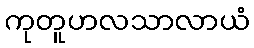
ကုတူဟလသာလာယံ